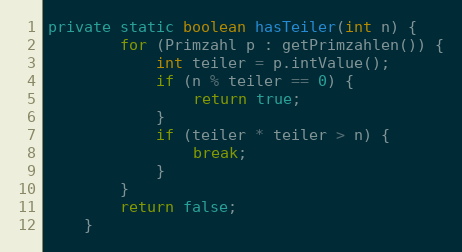
Language: Java
private static boolean hasTeiler(int n) {
        for (Primzahl p : getPrimzahlen()) {
            int teiler = p.intValue();
            if (n % teiler == 0) {
                return true;
            }
            if (teiler * teiler > n) {
                break;
            }
        }
        return false;
    }